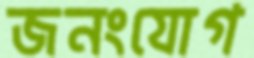
জনংযোগ